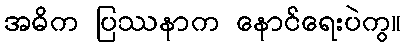
အဓိက ပြဿနာက နောင်ရေးပဲကွ။